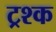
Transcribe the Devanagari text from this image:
ट्रश्क